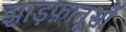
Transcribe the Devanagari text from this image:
झाड़फ़ानूसों